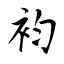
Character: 袀